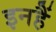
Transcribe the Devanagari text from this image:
इनहैं